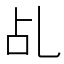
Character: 乩